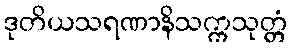
ဒုတိယသရဏာနိသက္ကသုတ္တံ